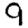
Digit: 9